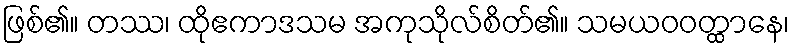
ဖြစ်၏။ တဿ၊ ထိုဧကာဒသမ အကုသိုလ်စိတ်၏။ သမယဝဝတ္ထာနေ၊